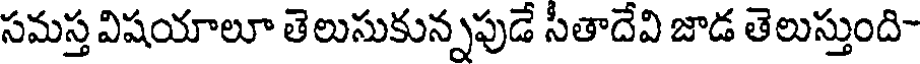
సమస్త విషయాలూ తెలుసుకున్నపుడే సీతాదేవి జాడ తెలుస్తుంది-